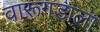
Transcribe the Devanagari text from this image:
वारूगडाला